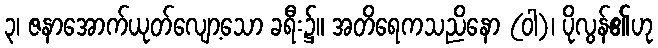
၃၊ ဇနာအောက်ယုတ်လျော့သော ခရီး၌။ အတိရေကသညိနော (ဝါ)၊ ပိုလွန်၏ဟု